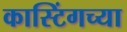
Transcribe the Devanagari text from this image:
कास्टिंगच्या